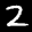
Label: 2